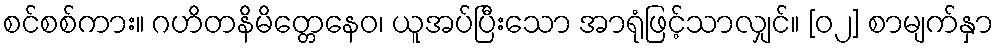
စင်စစ်ကား။ ဂဟိတနိမိတ္တေနေဝ၊ ယူအပ်ပြီးသော အာရုံဖြင့်သာလျှင်။ [၀၂] စာမျက်နှာ